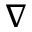
\nabla